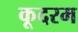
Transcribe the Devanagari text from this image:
कूदरम